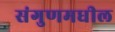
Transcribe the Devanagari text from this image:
संगुणमधील